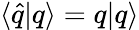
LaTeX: \langle\hat{q}|q\rangle=q|q\rangle